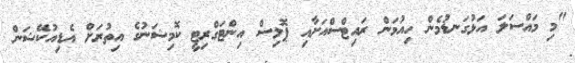
"މި މައްސަލަ އަޅުގަނޑުމެން ހިއުމަން ރައިޓްސްއަށާއި ޕޮލިސް އިންޓަގްރިޓީ ކޮމިޝަނުގެ އިތުރަށް އެޑިއުކޭޝަން